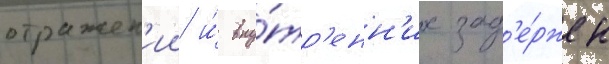
отражен'ии и́ вну́тр'енн'их зад'е́ржек